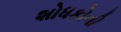
શોધકોની